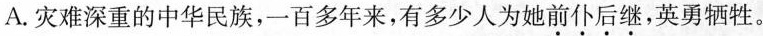
A.灾难深重的中华民族，一百多年来，有多少人为她前仆后继，英勇牺牲。